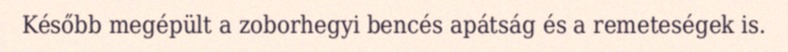
Később megépült a zoborhegyi bencés apátság és a remeteségek is.